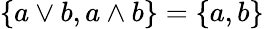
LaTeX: \{ a\vee b,a\wedge b\} =\{ a,b\}